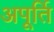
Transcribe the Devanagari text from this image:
अपूर्ति